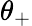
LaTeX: \theta_{+}